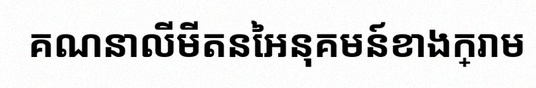
គណនាលីមីតនៃអនុគមន៍ខាងក្រោម